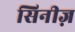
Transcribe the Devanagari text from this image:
सिनीज़